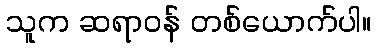
သူက ဆရာဝန် တစ်ယောက်ပါ။